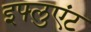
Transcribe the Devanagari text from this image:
इफ्लुएंट